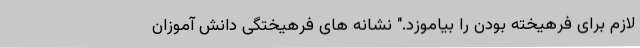
لازم برای فرهیخته بودن را بیاموزد." نشانه های فرهیختگی دانش آموزان